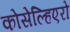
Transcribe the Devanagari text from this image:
कोसेल्हिएरो